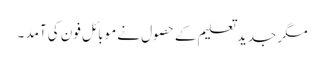
مگر جدید تعلیم کے حصول نے موبائل فون کی آمد ۔